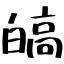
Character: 皜